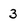
Character: 3